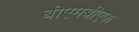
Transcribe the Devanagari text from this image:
बीएमबीएफ